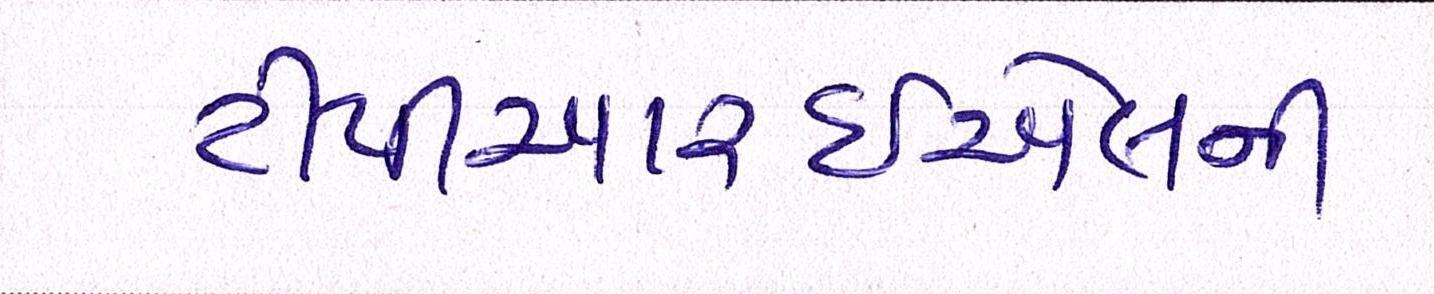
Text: ટીપીઆરઇએલની